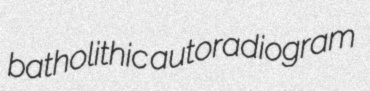
batholithic autoradiogram